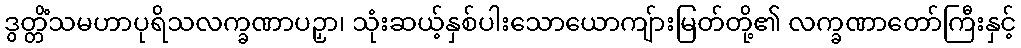
ဒွတ္တိံသမဟာပုရိသလက္ခဏာပဉှာ၊ သုံးဆယ့်နှစ်ပါးသောယောကျ်ားမြတ်တို့၏ လက္ခဏာတော်ကြီးနှင့်